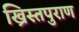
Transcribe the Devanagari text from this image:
ख्रिस्तपुराण